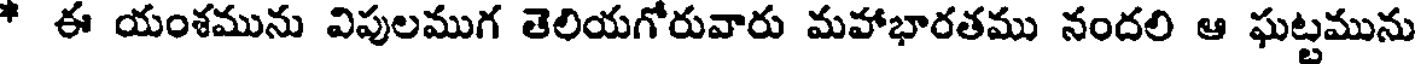
* ఈ యంశమును విపులముగ తెలియగోరువారు మహాభారతము నందలి ఆ ఘట్టమును